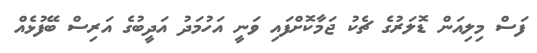
ފަސް މިލިއަން ޑޮލަރުގެ ޗެކު ޖަމާކޮށްފައި ވަނީ އަހުމަދު އަދީބުގެ އަރިސް ބޭފުޅެއް